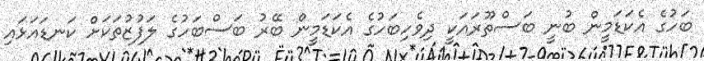
ބަހުގެ އެކަޑަމީން ބުނީ ބަސްތޫރައަކީ ދިވެހިބަހުގެ އެކަޑަމީން ބޭރު ބަސްބަހުގެ ލަފުޒުތަކަށް ކަނޑައަޅައި